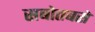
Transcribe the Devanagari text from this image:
सबोतबसे